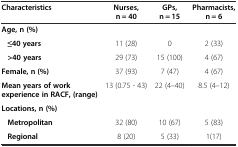
| Characteristics | Nurses, n = 40 | GPs, n = 15 | Pharmacists, n = 6 |
 | --- | --- | --- | --- |
 | Age, n (%) |  |  |  |
 | ≤40 years | 11 (28) | 0 | 2 (33) |
 | >40 years | 29 (73) | 15 (100) | 4 (67) |
 | Female, n (%) | 37 (93) | 7 (47) | 4 (67) |
 | Mean years of work experience in RACF, (range) | 13 (0.75 - 43) | 22 (4–40) | 8.5 (4–12) |
 | Locations, n (%) |  |  |  |
 | Metropolitan | 32 (80) | 10 (67) | 5 (83) |
 | Regional | 8 (20) | 5 (33) | 1(17) |